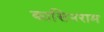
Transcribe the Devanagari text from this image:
कासिनराम